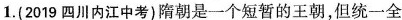
1.(2019四川内江中考)隋朝是一个短暂的王朝，但统一全